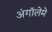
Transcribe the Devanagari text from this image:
अंगॉलेमे